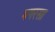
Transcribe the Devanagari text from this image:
मगरसा